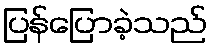
ပြန်ပြောခဲ့သည်